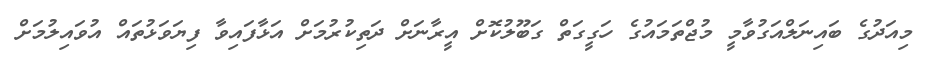
މިއަދުގެ ބައިނަލްއަގުވާމީ މުޖްތަމައުގެ ހަގީގަތް ގަބޫލުކޮށް އީރާނަށް ދަތިކުރުމަށް އަޅާފައިވާ ފިޔަވަޅުތައް އުވައިލުމަށް